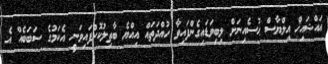
އައްޝައިޚް އިލްޔާސް ޙުސެއިނަށް ލިބިވަޑައިގެންފައިވާ ހުއްދަތައް އިއްޔެ ބާތިލުކޮށްފައިވަނީ އެކަމުގެ ސަބަބެއް އެ